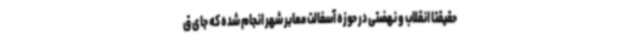
حقیقتا انقلاب و نهضتی در حوزه آسفالت معابر شهر انجام شده که جای ق